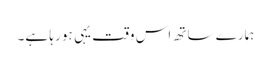
ہمارے ساتھ اس وقت یہی ہو رہا ہے۔